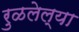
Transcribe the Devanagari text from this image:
रुळलेल्या